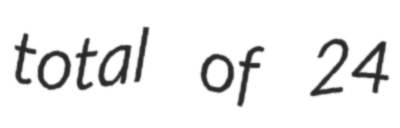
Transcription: total of 24